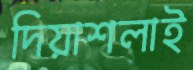
দিয়াশলাই